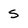
Character: 5